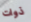
ذوات